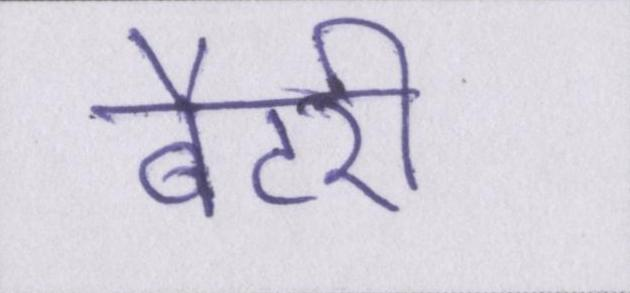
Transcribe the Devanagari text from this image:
बैटरी